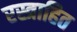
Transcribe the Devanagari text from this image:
रस्त्राहित